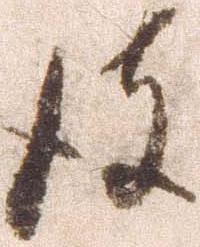
彼